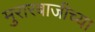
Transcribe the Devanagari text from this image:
मुरारबाजीच्या